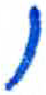
אות: ו